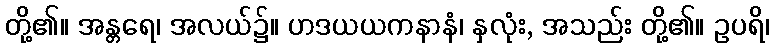
တို့၏။ အန္တရေ၊ အလယ်၌။ ဟဒယယကနာနံ၊ နှလုံး, အသည်း တို့၏။ ဥပရိ၊